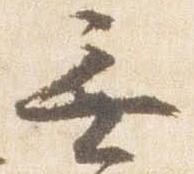
無